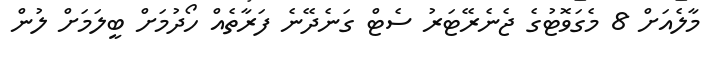
މާލެއަށް 8 މެގަވޮޓުގެ ޖެނެރޭޓަރު ސެޓް ގަނެދޭނެ ފަރާތެއް ހޯދުމަށް ބީލަމަށް ލުން